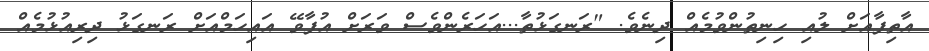
އާތިފާއަށް ލުއި ހިނިތުންވުމެއް ދިނެވެ. "ރަނގަޅުތާ...އަހަރެންވެސް ވަރަށް އުފާވޭ އައިހަމްއަށް ރަނގަޅު ދިރިއުޅުމެއް